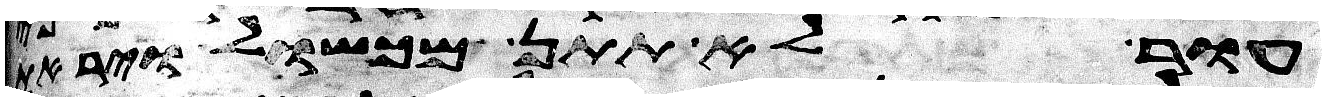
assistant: עור לא תתן מכשול ויראת